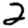
Digit: 2